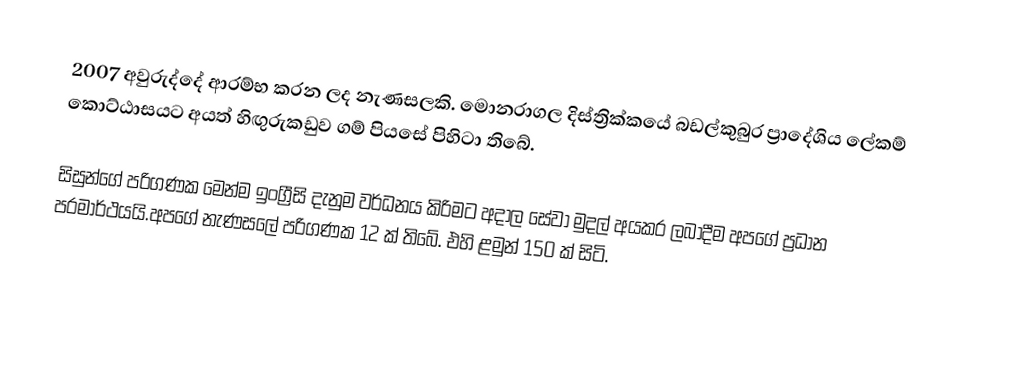
2007  අවුරුද්දේ   ආරම්භ කරන ලද නැණසලකි. මොනරාගල දිස්ත්‍රික්කයේ බඩල්කුබුර ප්‍රාදේශිය ලේකම් කොට්ඨාසයට අයත්  හිඟුරුකඩුව  ගම් පියසේ පිහිටා තිබේ.

සිසුන්ගේ පරිගණක  මෙන්ම ඉංග්‍රීසි දැනුම වර්ධනය කිරිමට අදාල සේවා මුදල් අයකර ලබාදීම අප‍ගේ ප්‍රධාන පරමාර්ථයයි.අපගේ නැණසලේ පරිගණක 12 ක් තිබේ. එහි ළමුන් 150 ක් සිටි.